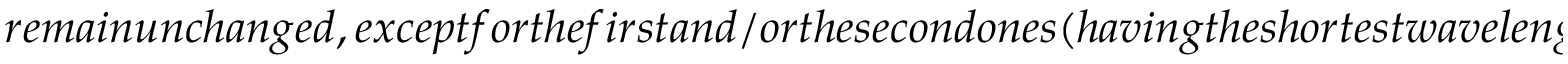
r e m a i n u n c h a n g e d , e x c e p t f o r t h e f i r s t a n d / o r t h e s e c o n d o n e s ( h a v i n g t h e s h o r t e s t w a v e l e n g t h s ) . T h i s b e h a v i o r i s d e m o n s t r a t e d b y t h e p l o t s s h o w n i n F i g . , f o r w h i c h t h e o f f t i m e i s